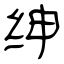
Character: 绅